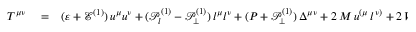
\begin{array} { r l r } { T ^ { \mu \nu } } & { { } = } & { ( \varepsilon + \mathcal { E } ^ { ( 1 ) } ) \, u ^ { \mu } u ^ { \nu } + ( \mathcal { P } _ { l } ^ { ( 1 ) } - \mathcal { P } _ { \perp } ^ { ( 1 ) } ) \, l ^ { \mu } l ^ { \nu } + ( P + \mathcal { P } _ { \perp } ^ { ( 1 ) } ) \, \Delta ^ { \mu \nu } + 2 \, M \, u ^ { \left( \mu \right. } l ^ { \left. \nu \right) } + 2 \, W _ { \perp u } ^ { \left( \mu \right. } u ^ { \left. \nu \right) } } \end{array}